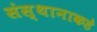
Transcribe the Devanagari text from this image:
संस्थानाकडे